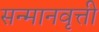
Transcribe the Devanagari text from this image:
सन्मानवृत्ती